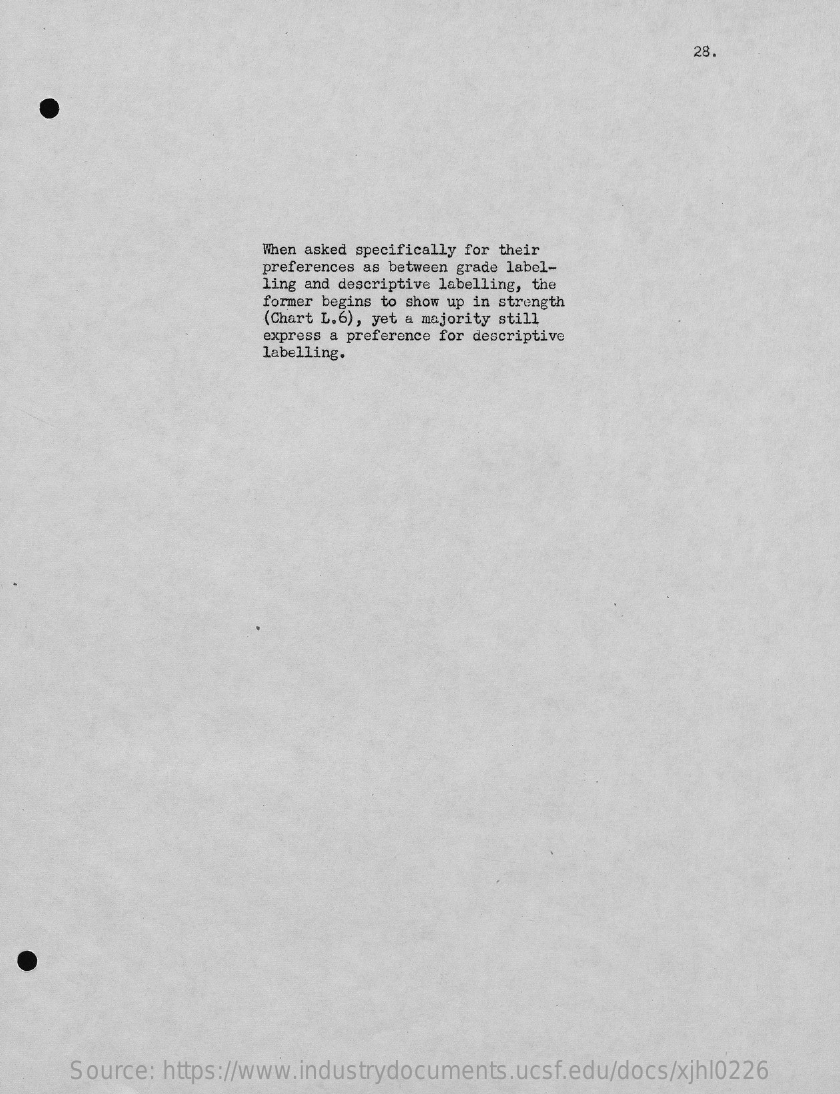
28.
     When asked specifically for their
     preferences as between grade label-
     ling and descriptive labelling, the
     former begins to show up in strength
     (Chart L.6), yet a majority still
     express a preference for descriptive
     labelling.
     Source: https://www.industrydocuments.ucsf.edu/docs/xjhl0226